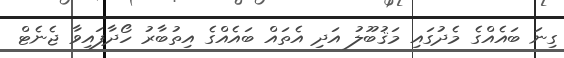
ގިނަ ބައެއްގެ މެދުގައި މަޤުބޫލު އަދި އެތައް ބައެއްގެ އިތުބާރު ހޯދާފައިވާ ޖެނެޓް